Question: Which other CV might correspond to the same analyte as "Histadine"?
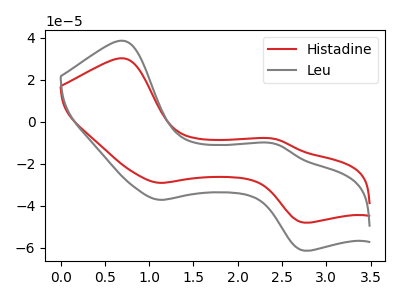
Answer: <think>The red curve "Histadine" has anodic peaks at (0.70V, 30.10uA) (2.45V, -8.35uA) and cathodic peaks at (1.10V, -29.15uA) (2.75V, -48.05uA). The gray curve "Leu" has anodic peaks at (0.70V, 38.45uA) (2.45V, -10.65uA) and cathodic peaks at (1.10V, -37.20uA) (2.75V, -61.40uA).
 All the peaks in "Histadine" have a peak in "Leu" at the same potential.</think>
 <answer>The CV with the most similar shape to "Leu" is "Histadine".</answer>
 <eval>"Histadine"</eval>